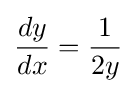
{\frac {dy}{dx}}={\frac {1}{2y}}